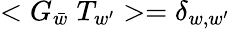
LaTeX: <G_{\bar{w}}\; T_{w^{\prime}}>=\delta_{w,w^{\prime}}